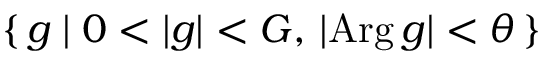
\left\{ \, g \mid 0 < | g | < G , \, | \mathrm { A r g } \, g | < \theta \, \right\}